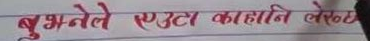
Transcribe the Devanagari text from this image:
बुझनेले एउटा कहानी लेख्नु